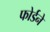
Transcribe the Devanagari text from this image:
फोर्डने